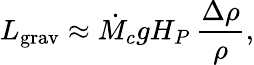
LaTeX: L_{\mathrm{grav}}\approx\dot{M}_{c}gH_{P}\, {\frac{\Delta\rho}{\rho}},